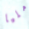
مليا